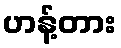
ဟန့်တား